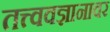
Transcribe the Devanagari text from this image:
तत्त्ववज्ञानावर